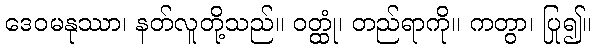
ဒေဝမနုဿာ၊ နတ်လူတို့သည်။ ဝတ္ထုံ၊ တည်ရာကို။ ကတွာ၊ ပြု၍။